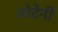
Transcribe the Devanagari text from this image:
ओटेनी